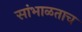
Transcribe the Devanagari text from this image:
सांभाळताच